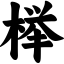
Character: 榉